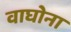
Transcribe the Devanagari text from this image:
वाघोना